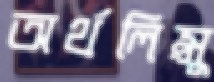
অর্থলিপ্সু